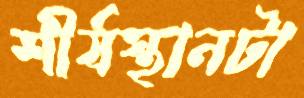
শীর্ষস্থানটা